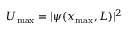
U _ { \mathrm { m a x } } = \vert \psi ( x _ { \mathrm { m a x } } , L ) \vert ^ { 2 }